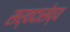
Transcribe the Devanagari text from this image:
सर्वदासेव्य